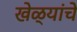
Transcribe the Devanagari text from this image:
खेळ्यांचे